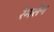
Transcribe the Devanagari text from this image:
रेमसेन